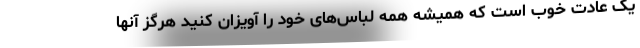
یک عادت خوب است که همیشه همه لباس‌های خود را آویزان کنید هرگز آنها